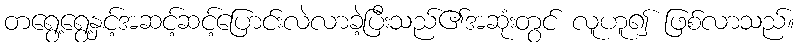
တရွေ့ရွေ့နှင့်အဆင့်ဆင့်ပြောင်းလဲလာခဲ့ပြီးသည်၏အဆုံးတွင် လူဟူ၍ ဖြစ်လာသည်။